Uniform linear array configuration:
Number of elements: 16
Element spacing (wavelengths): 0.75
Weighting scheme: binomial
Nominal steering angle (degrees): -15
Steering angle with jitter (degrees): -16.445
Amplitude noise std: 0.05
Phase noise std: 0.05

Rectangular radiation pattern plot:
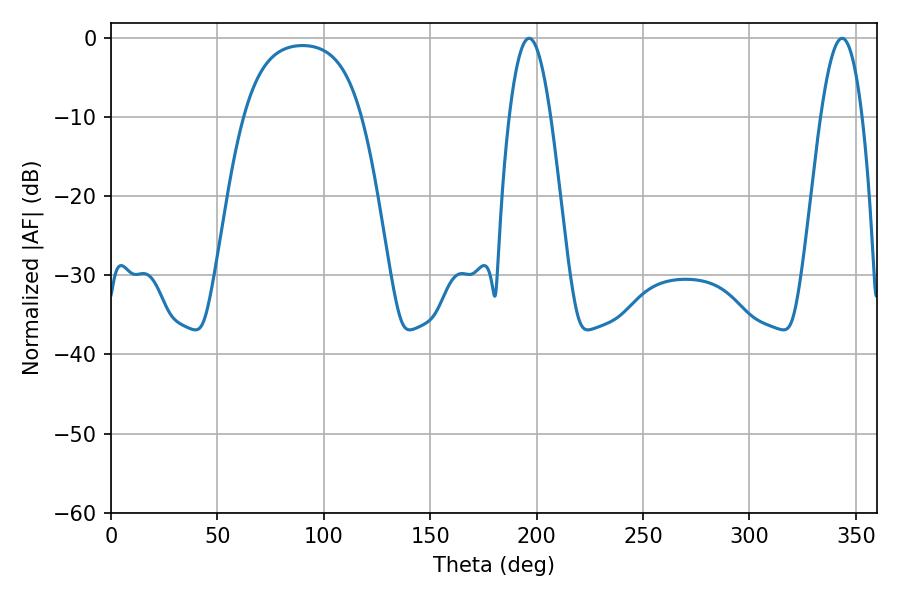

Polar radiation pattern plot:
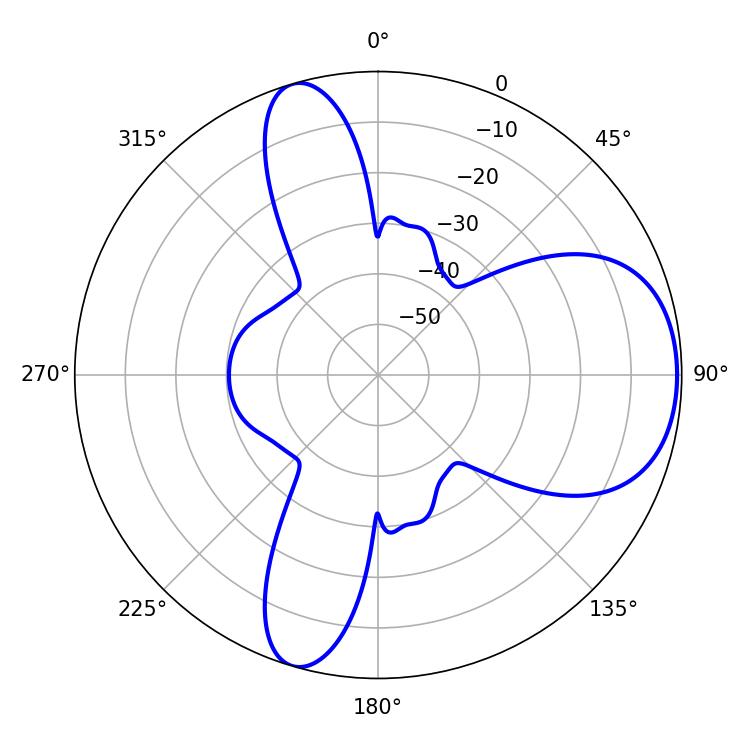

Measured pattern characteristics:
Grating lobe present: TRUE
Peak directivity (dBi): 6.974
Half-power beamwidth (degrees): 10.62
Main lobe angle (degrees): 196.38